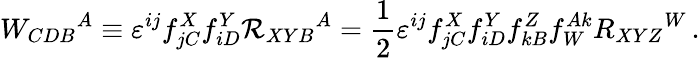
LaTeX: W_{CDB}{}^{A}\equiv\varepsilon^{ij}f_{jC}^{X}f_{iD}^{Y}{\cal R}_{XYB}{}^{A}=\frac 12\varepsilon^{ij}f_{jC}^{X}f_{iD}^{Y}f_{kB}^{Z}f_{W}^{Ak}R_{XYZ}{}^{W}\, .